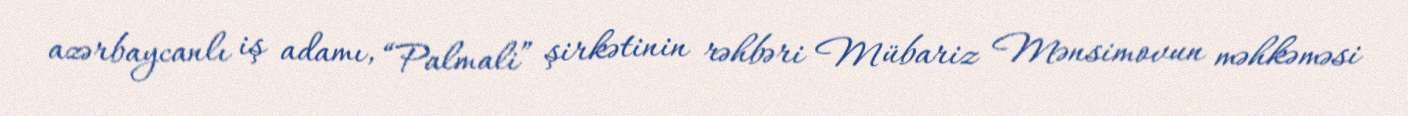
azərbaycanlı iş adamı, “Palmali” şirkətinin rəhbəri Mübariz Mənsimovun məhkəməsi